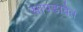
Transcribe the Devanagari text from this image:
सापडावेत